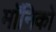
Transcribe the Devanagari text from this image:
मॉनिको